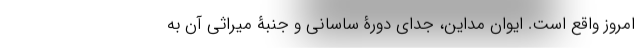
امروز واقع است. ایوان مداین، جدای دورۀ ساسانی و جنبۀ میراثی آن به